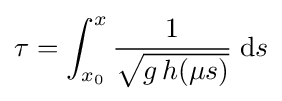
\tau =\int _{x_{0}}^{x}{\frac {1}{\sqrt {g\,h(\mu s)}}}\;\mathrm {d} s